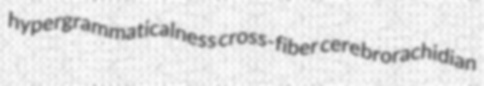
hypergrammaticalness cross-fiber cerebrorachidian